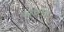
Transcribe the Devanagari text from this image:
वाचगर